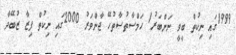
1999ގައި ނިކުތް ބީވީ ނަންބަރު1 ހަމްސާތުސާތުހޭ ޖާންވަރު 2000ގައި ނިކުތް ފިޒާ ޒުބޭދާ